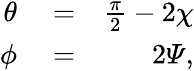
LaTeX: \begin{array}{rlr}{\theta}&{{}=}&{\frac{\pi}{2}-2\chi}\\ {\phi}&{{}=}&{2{\mathit\Psi},}\end{array}